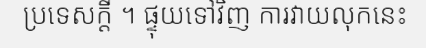
ប្រទេសក្តី ។ ផ្ទុយទៅវិញ ការវាយលុកនេះ